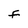
Character: f